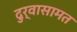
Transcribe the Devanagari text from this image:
दुर्वासामत